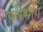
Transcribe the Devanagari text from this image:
परिभोग